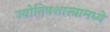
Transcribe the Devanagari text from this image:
ज्योतिषशास्त्रामध्ये